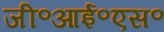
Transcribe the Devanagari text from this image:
जी॰आई॰एस॰